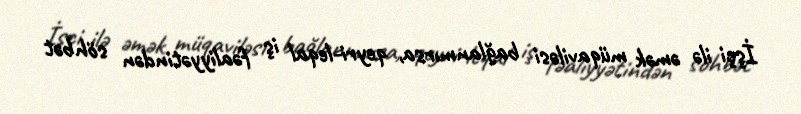
İşçi ilə əmək müqaviləsi bağlanmırsa, qeyri-leqal iş fəaliyyətindən söhbət